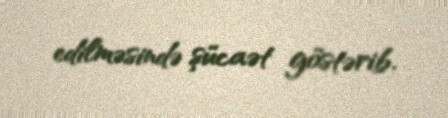
edilməsində şücaət göstərib.